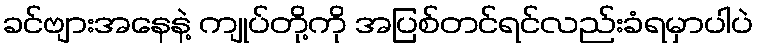
ခင်ဗျားအနေနဲ့ ကျုပ်တို့ကို အပြစ်တင်ရင်လည်းခံရမှာပါပဲ